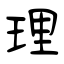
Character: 理